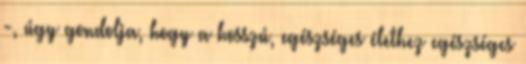
-, úgy gondolja, hogy a hosszú, egészséges élethez egészséges